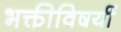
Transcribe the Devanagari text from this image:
भक्तीविषयीं